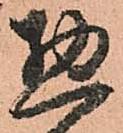
惣